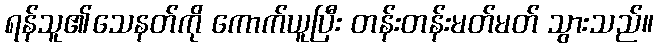
ရန်သူ၏သေနတ်ကို ကောက်ယူပြီး တန်းတန်းမတ်မတ် သွားသည်။